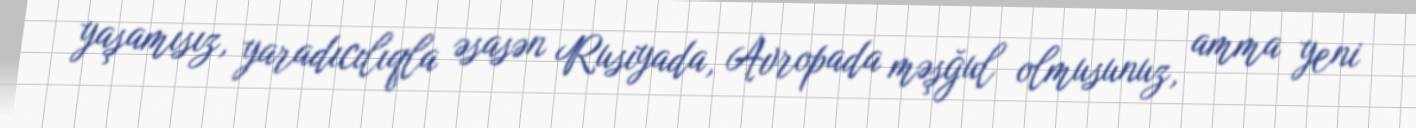
yaşamısız, yaradıcılıqla əsasən Rusiyada, Avropada məşğul olmusunuz, amma yeni